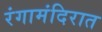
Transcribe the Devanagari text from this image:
रंगामंदिरात